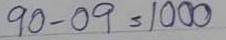
90 - 09 = 1000